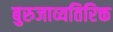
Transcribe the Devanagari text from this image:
बुरुजाव्यतिरिक्त